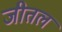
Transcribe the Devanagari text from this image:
जीतल